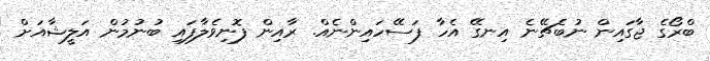
ބްރޯގެ ޖާގައިން ނުބެޗޭނެ އިނގޭ އެހާ ފަސޭހައިންނެއް. ރާއިން ފޮނިވެލާފައި ބުނުމުން އަލީޝާއަށް